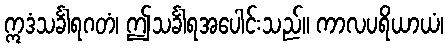
ဣဒံသင်္ခါရဂတံ၊ ဤသင်္ခါရအပေါင်းသည်။ ကာလပရိယာယံ၊